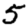
Digit: 5